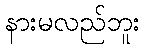
နားမလည်ဘူး